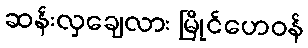
ဆန်းလှချေလား မြိုင်ဟေဝန်